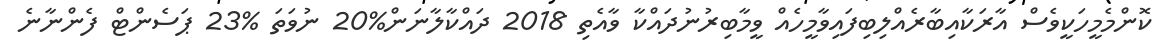
ކޮންމެމީހަކީވެސް އާރަކާއިބާރެއްލިބިފައިވާމީހެއް ވީމާބިރުނުދައްކާ ވާއެތި 2018 ދައްކާލާނަން%20 ނުވަތަ %23 ޕަސެންޓް ފެންނާނެ